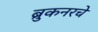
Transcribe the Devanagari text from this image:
ब्रुकनरचे